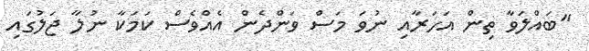
"ބައްލަވާ ތިން އަހަރާއި ނުވަ މަސް ވަންދެން އެއްވެސް ކަމަކާ ނުލާ ޖަލުގައި